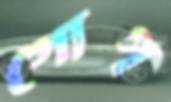
গোপ